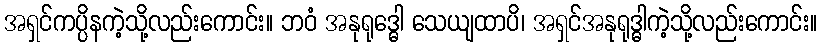
အရှင်ကပ္ပိနကဲ့သို့လည်းကောင်း။ ဘဝံ အနုရုဒ္ဓေါ သေယျထာပိ၊ အရှင်အနုရုဒ္ဓါကဲ့သို့လည်းကောင်း။